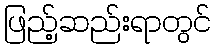
ဖြည့်ဆည်းရာတွင်